Rangoon Lunatic Asylum 1898-1906 - 1898-1906
Year: 1898
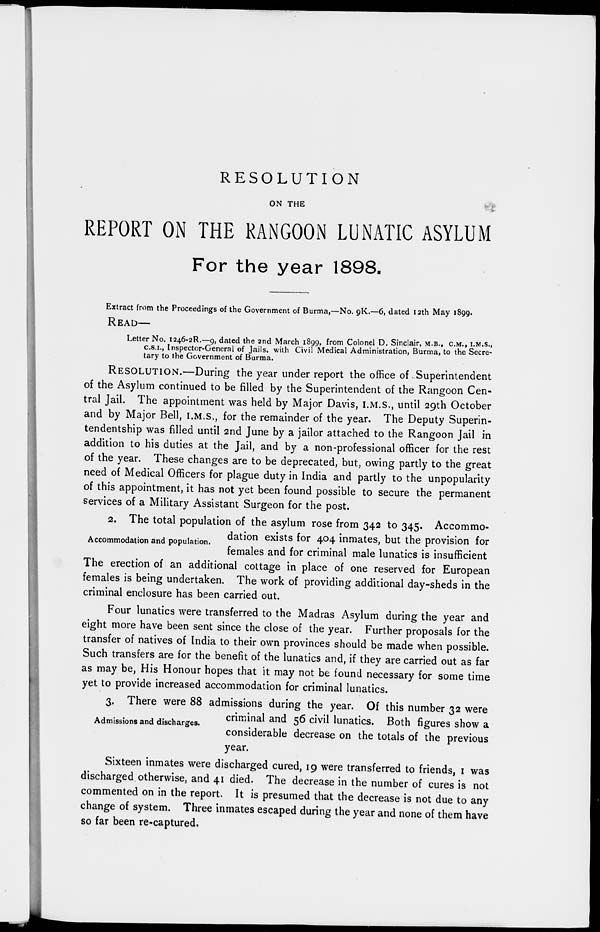
RESOLUTION
ON THE
REPORT ON THE RANGOON LUNATIC ASYLUM
For the year 1898.
Extract from the Proceedings of the Government of Burma,—No. 9K.—6, dated 12th May 1899.
READ—
Letter No. 1246-2R.—9, dated the 2nd March 1899, from Colonel D. Sinclair, M.B., C.M., I.M.S.,
C.S.I., Inspector-General of Jails, with Civil Medical Administration, Burma, to the Secre-
tary to the Government of Burma.
RESOLUTION.—During the year under report the office of Superintendent
of the Asylum continued to be filled by the Superintendent of the Rangoon Cen-
tral Jail. The appointment was held by Major Davis, I.M.S., until 29th October
and by Major Bell, I.M.S., for the remainder of the year. The Deputy Superin-
tendentship was filled until 2nd June by a jailor attached to the Rangoon Jail in
addition to his duties at the Jail, and by a non-professional officer for the rest
of the year. These changes are to be deprecated, but, owing partly to the great
need of Medical Officers for plague duty in India and partly to the unpopularity
of this appointment, it has not yet been found possible to secure the permanent
services of a Military Assistant Surgeon for the post.
Accommodation and population.
2. The total population of the asylum rose from 342 to 345. Accommo-
dation exists for 404 inmates, but the provision for
females and for criminal male lunatics is insufficient
The erection of an additional cottage in place of one reserved for European
females is being undertaken. The work of providing additional day-sheds in the
criminal enclosure has been carried out.
Four lunatics were transferred to the Madras Asylum during the year and
eight more have been sent since the close of the year. Further proposals for the
transfer of natives of India to their own provinces should be made when possible.
Such transfers are for the benefit of the lunatics and, if they are carried out as far
as may be, His Honour hopes that it may not be found necessary for some time
yet to provide increased accommodation for criminal lunatics.
Admissions and discharges.
3. There were 88 admissions during the year. Of this number 32 were
criminal and 56 civil lunatics. Both figures show a
considerable decrease on the totals of the previous
year.
Sixteen inmates were discharged cured, 19 were transferred to friends, I was
discharged otherwise, and 41 died. The decrease in the number of cures is not
commented on in the report. It is presumed that the decrease is not due to any
change of system. Three inmates escaped during the year and none of them have
so far been re-captured.